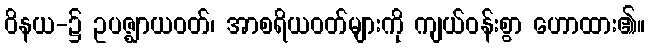
ဝိနယ-၌ ဥပဇ္ဈာယဝတ်၊ အာစရိယဝတ်များကို ကျယ်ဝန်းစွာ ဟောထား၏။